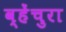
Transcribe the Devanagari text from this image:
व्हेंचुरा